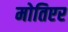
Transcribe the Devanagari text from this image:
मोतिएर